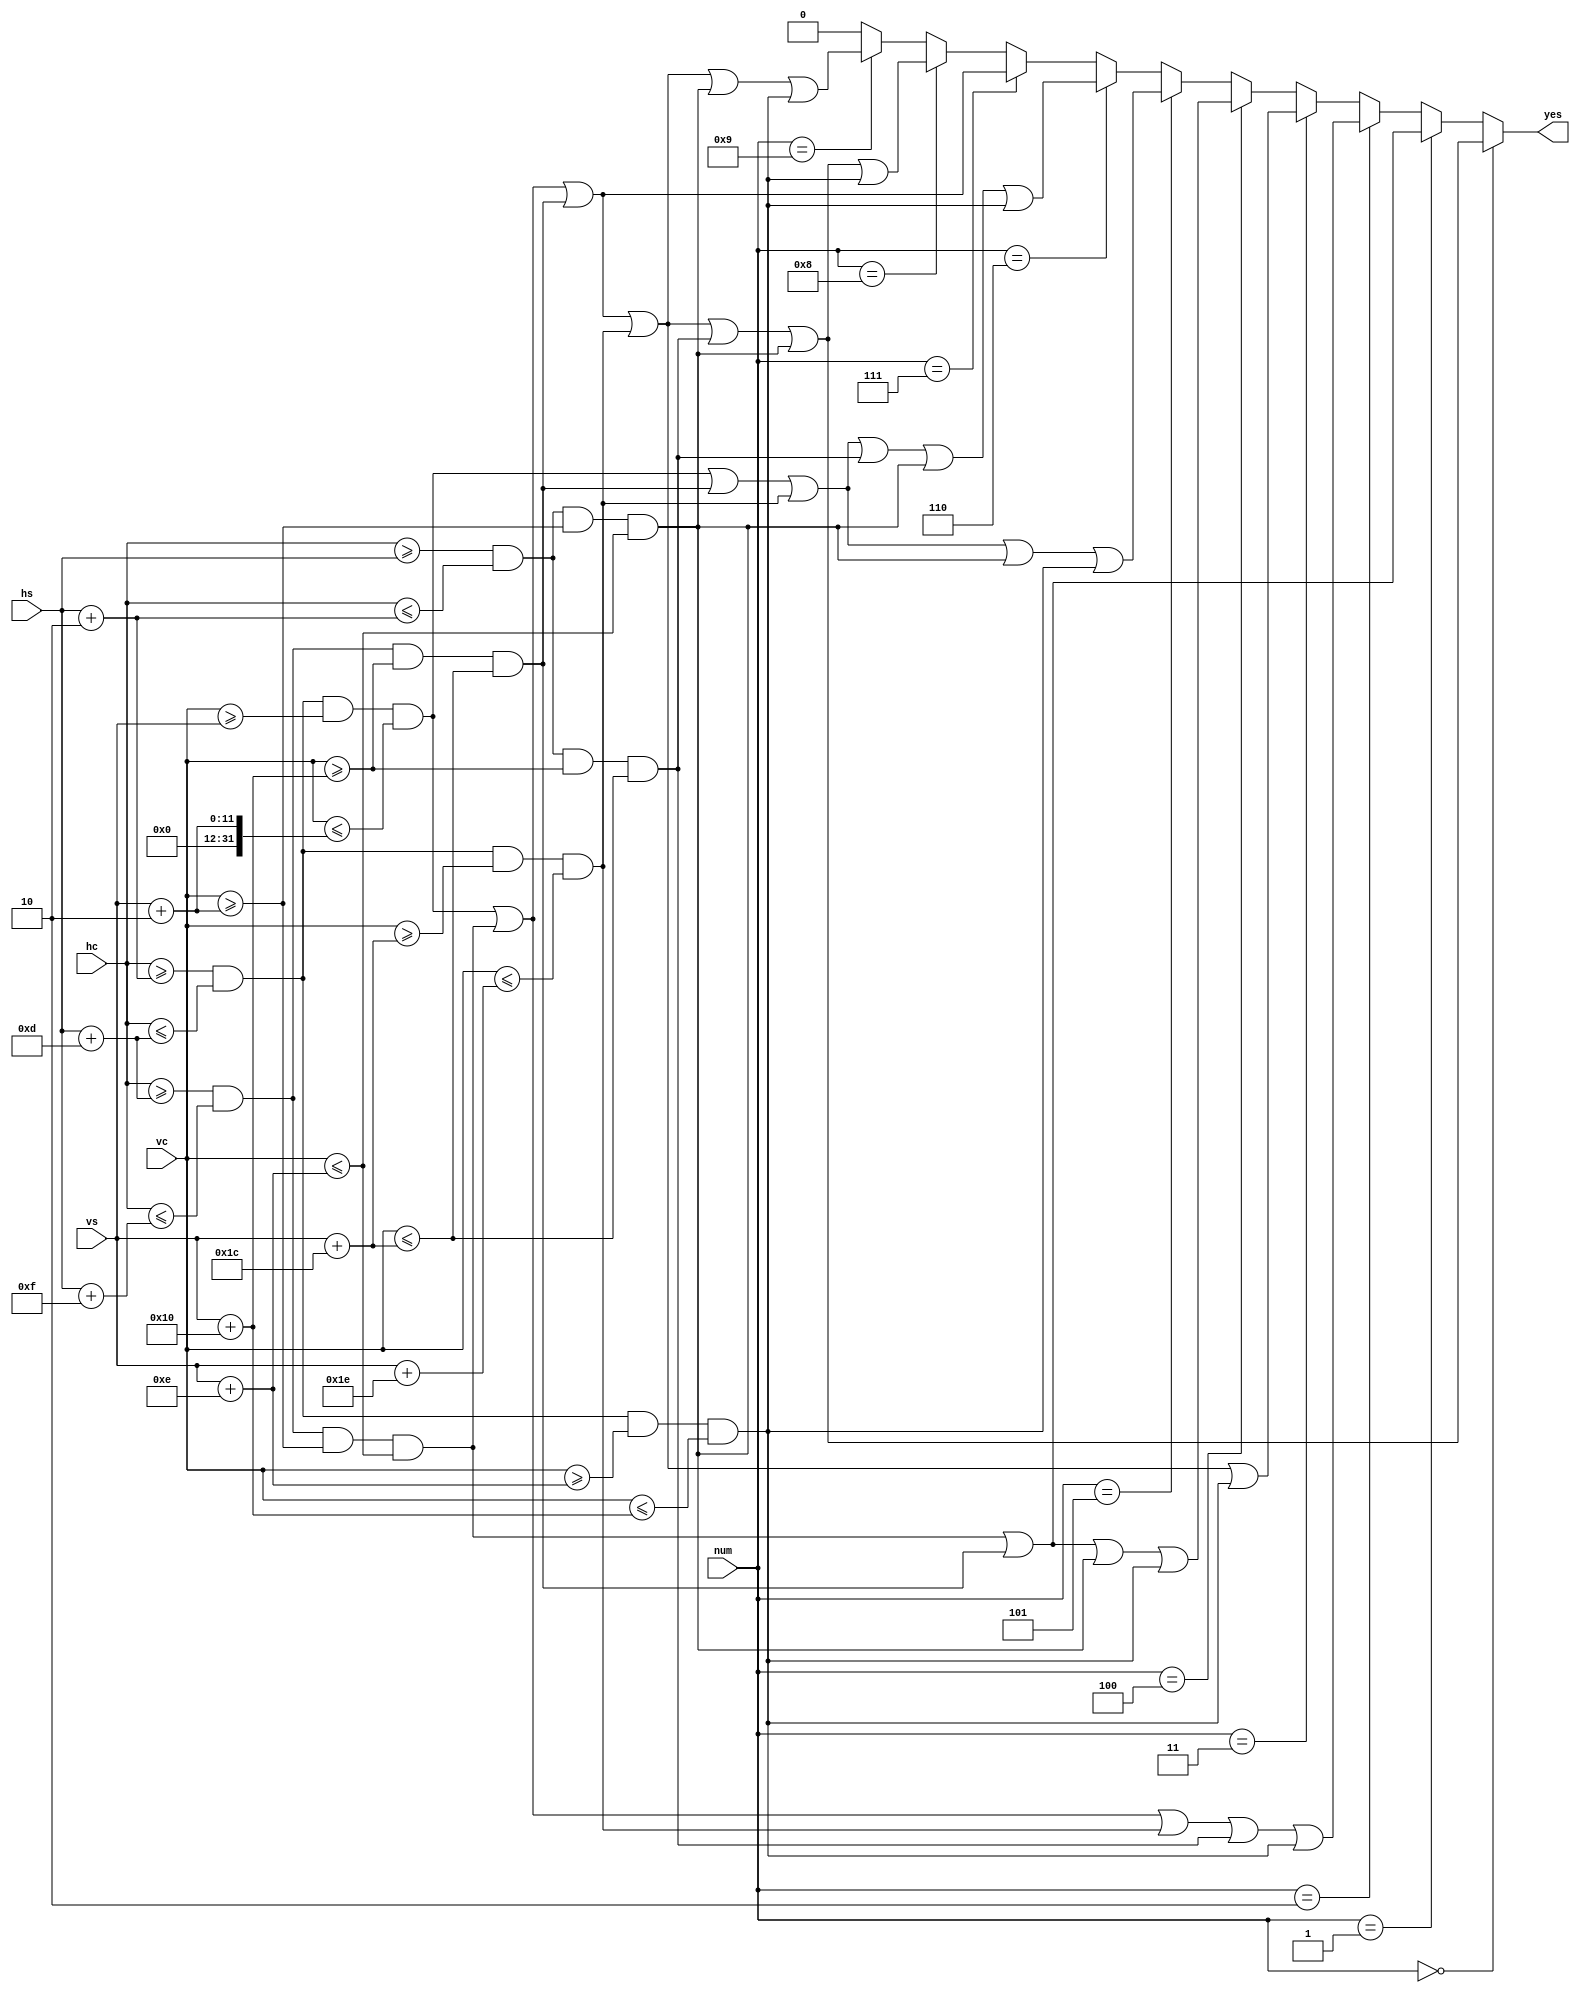
module vga_seg(
    input [3:0] num,
    input [10:0] hc,
    input [10:0] vc,
    input [10:0] hs,
    input [10:0] vs,
    output yes);
wire a = (hc>=hs+2 && hc<=hs+13 && vc>=vs && vc<=vs+2);
wire b = (hc>=hs+13 && hc<=hs+15 && vc>=vs+2 && vc<=vs+14);
wire c = (hc>=hs+13 && hc<=hs+15 && vc>=vs+16 && vc<=vs+28);
wire d = (hc>=hs+2 && hc<=hs+13 && vc>=vs+28 && vc<=vs+30);
wire e = (hc>=hs && hc<=hs+2 && vc>=vs+16 && vc<=vs+28);
wire f = (hc>=hs && hc<=hs+2 && vc>=vs+2 && vc<=vs+14);
wire g = (hc>=hs+2 && hc<=hs+13 && vc>=vs+14 && vc<=vs+16);
assign yes = (num == 0) ? a|b|c|d|e|f : 
             (num == 1) ? b|c :
             (num == 2) ? a|b|d|e|g :
             (num == 3) ? a|b|c|d|g :
             (num == 4) ? b|c|f|g :
             (num == 5) ? a|c|d|f|g : 
             (num == 6) ? a|c|d|e|f|g :
             (num == 7) ? a|b|c :
             (num == 8) ? a|b|c|d|e|f|g :
             (num == 9) ? a|b|c|d|f|g : 0;
endmodule